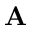
{ \bf A }